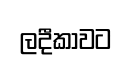
ලදීකාවට